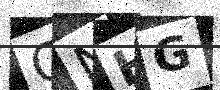
Text: CNHG